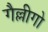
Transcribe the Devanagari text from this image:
गैल्लीगो